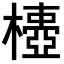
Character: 𣝄